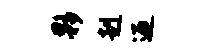
夥赳迎